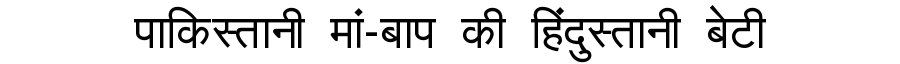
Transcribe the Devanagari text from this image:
पाकिस्तानी मां-बाप की हिंदुस्तानी बेटी